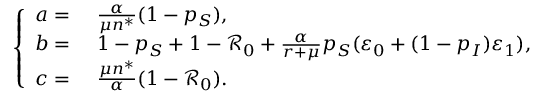
\left\{ \begin{array} { r l } { a = } & { { } ~ \frac { \alpha } { \mu n ^ { * } } ( 1 - p _ { S } ) , } \\ { b = } & { { } ~ 1 - p _ { S } + 1 - \mathcal { R } _ { 0 } + \frac { \alpha } { r + \mu } p _ { S } ( \varepsilon _ { 0 } + ( 1 - p _ { I } ) \varepsilon _ { 1 } ) , } \\ { c = } & { { } ~ \frac { \mu n ^ { * } } { \alpha } ( 1 - \mathcal { R } _ { 0 } ) . } \end{array} \right.